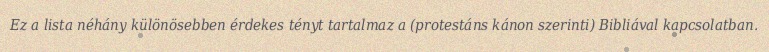
Ez a lista néhány különösebben érdekes tényt tartalmaz a (protestáns kánon szerinti) Bibliával kapcsolatban.